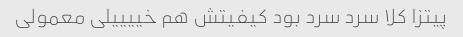
پیتزا کلا سرد سرد بود کیفیتش هم خییییلی معمولی